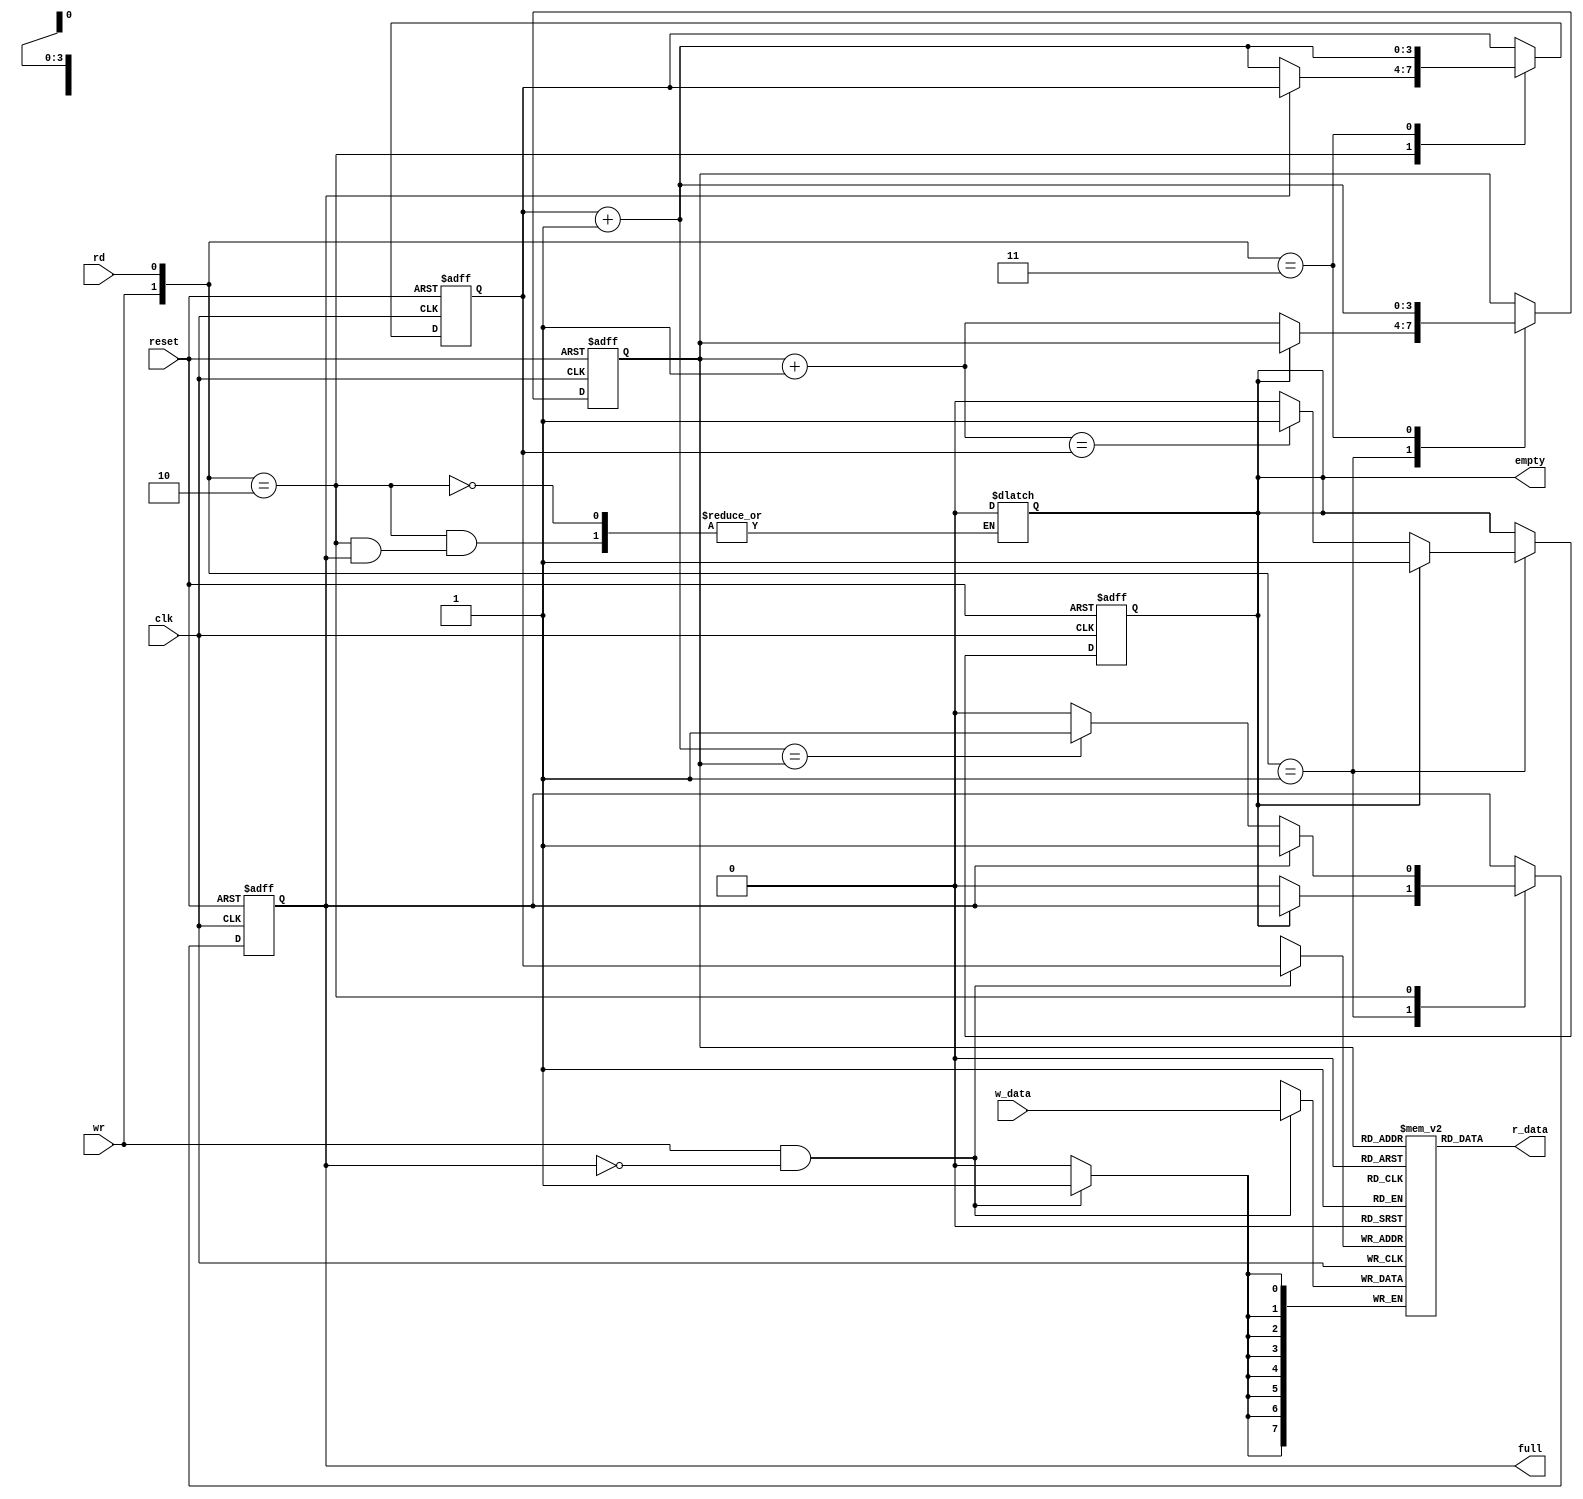
`timescale 1ns/1ns
module fifo
#( parameter b=8,w=4)
(input wire clk,reset,
 input wire rd,wr,
input wire [b-1:0]w_data,
output wire empty,full,
output wire [b-1:0]r_data);

reg [b-1:0]array_reg[2**w-1:0];
reg [w-1:0]w_ptr_reg,w_ptr_next,w_ptr_succ;
reg [w-1:0]r_ptr_reg,r_ptr_next,r_ptr_succ;
reg full_reg,empty_reg,full_next,empty_next;
wire wr_en;

	always @(posedge clk)
		if(wr_en)
			array_reg[w_ptr_reg]<=w_data;
			assign r_data=array_reg[r_ptr_reg];
			assign wr_en=wr & ~full_reg;

				always@(posedge clk,posedge reset)
								if(reset)
									begin
										w_ptr_reg=0;
										r_ptr_reg=0;
										full_reg<=1'b0;
										empty_reg<= 1'b0;
									end
						else 
							 begin
							  w_ptr_reg<= w_ptr_next;
							   r_ptr_reg<= r_ptr_next;
							   full_reg<=full_next;
							   empty_reg<=empty_next;
							 end

				always@*
					begin
					w_ptr_succ=w_ptr_reg+1;
					r_ptr_succ=r_ptr_reg+1;
					w_ptr_next=w_ptr_reg;
					r_ptr_next=r_ptr_reg;
					full_next=full_reg;
					empty_next=empty_reg;

							case({wr,rd})
							//2'b00:
							2'b01:  if(~empty_reg)
								begin
								r_ptr_next=r_ptr_succ;
								full_next=1'b0;
								if(r_ptr_succ==w_ptr_reg)
								empty_next=1'b1;
								end

							2'b10: if(~full_reg)
								begin
								w_ptr_next=w_ptr_succ;
								empty_reg=1'b0;
								if(w_ptr_succ==r_ptr_reg)
								full_next=1'b1;
							       end

							2'b11:  begin
								w_ptr_next=w_ptr_succ;
								r_ptr_next=w_ptr_succ;
								end

	endcase
	end
	assign full=full_reg;
	assign empty=empty_reg;
	endmodule




						//testbench code:
`timescale 1ns/1ns
module fifo_test
#(parameter b=8,w=4)();
reg clk=0;
reg reset,rd,wr;
reg [b-1:0]w_data;
wire empty,full;
wire [b-1:0]r_data;

fifo uut(.clk(clk),.reset(reset),.rd(rd),.wr(wr),.w_data(w_data),.empty(empty),.full(full),.r_data(r_data));
always
#30 clk=~clk;
initial
	begin
		reset=0;reset=1;
		rd=1;wr=0;
		w_data=8'b00001111;
		#20;

		reset=0;
		rd=0;wr=1;
		w_data=8'b00001101;
		#10;

		reset=0;
		rd=0;wr=1;
		w_data=8'b00001100;
		#10;

		reset=0;
		rd=0;wr=1;
		w_data=8'b00110011;
		#5;

		reset=0;
		rd=0;wr=1;
		w_data=8'b10000011;
		#5;

		reset=0;
		rd=0;wr=1;
		w_data=8'b10110011;
		#10;

		reset=0;
		rd=0;wr=1;
		w_data=8'b00110000;
		#20;

		reset=0;
		rd=0;wr=1;
		w_data=8'b11110011;
		#10;

		reset=0;
		rd=0;wr=1;
		w_data=8'b00001101;
		#10;

		reset=0;
		rd=0;wr=1;
		w_data=8'b00001100;
		#10;

		reset=0;
		rd=0;wr=1;
		w_data=8'b00110011;
		#5;

		reset=0;
		rd=0;wr=1;
		w_data=8'b10000011;
		#5;

		reset=0;
		rd=0;wr=1;
		w_data=8'b10110011;
		#10;

		reset=0;
		rd=0;wr=1;
		w_data=8'b00110000;
		#20;

		reset=0;
		rd=0;wr=1;
		w_data=8'b11110011;
		#10;
reset=0;
		rd=0;wr=1;
		w_data=8'b00001101;
		#10;

		reset=0;
		rd=0;wr=1;
		w_data=8'b00001100;
		#10;

		reset=0;
		rd=0;wr=1;
		w_data=8'b00110011;
		#5;

		reset=0;
		rd=0;wr=1;
		w_data=8'b10000011;
		#5;

		reset=0;
		rd=0;wr=1;
		w_data=8'b10110011;
		#10;

		reset=0;
		rd=0;wr=1;
		w_data=8'b00110000;
		#20;

		reset=0;
		rd=0;wr=1;
		w_data=8'b11110011;
		#10;
reset=0;
		rd=0;wr=1;
		w_data=8'b00001101;
		#10;

		reset=0;
		rd=0;wr=1;
		w_data=8'b00001100;
		#10;

		reset=0;
		rd=0;wr=1;
		w_data=8'b00110011;
		#5;

		reset=0;
		rd=0;wr=1;
		w_data=8'b10000011;
		#5;

		reset=0;
		rd=0;wr=1;
		w_data=8'b10110011;
		#10;

		reset=0;
		rd=0;wr=1;
		w_data=8'b00110000;
		#20;

		reset=0;
		rd=0;wr=1;
		w_data=8'b11110011;
		#10;
reset=0;
		rd=0;wr=1;
		w_data=8'b00001101;
		#10;

		reset=0;
		rd=0;wr=1;
		w_data=8'b00001100;
		#10;

		reset=0;
		rd=0;wr=1;
		w_data=8'b00110011;
		#5;

		reset=0;
		rd=0;wr=1;
		w_data=8'b10000011;
		#5;

		reset=0;
		rd=0;wr=1;
		w_data=8'b10110011;
		#10;

		reset=0;
		rd=0;wr=1;
		w_data=8'b00110000;
		#20;

		reset=0;
		rd=0;wr=1;
		w_data=8'b11110011;
		#10;
reset=0;
		rd=0;wr=1;
		w_data=8'b00001101;
		#10;

		reset=0;
		rd=0;wr=1;
		w_data=8'b00001100;
		#10;

		reset=0;
		rd=0;wr=1;
		w_data=8'b00110011;
		#5;

		reset=0;
		rd=0;wr=1;
		w_data=8'b10000011;
		#5;

		reset=0;
		rd=0;wr=1;
		w_data=8'b10110011;
		#10;

		reset=0;
		rd=0;wr=1;
		w_data=8'b00110000;
		#20;

		reset=0;
		rd=0;wr=1;
		w_data=8'b11110011;
		#10;
		
end
endmodule